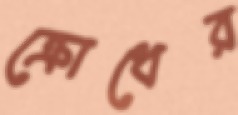
ক্রোধের